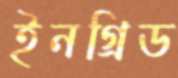
ইনগ্রিড